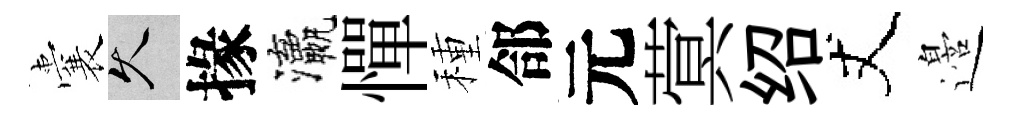
囊久掾瀛憚種郃元蓂绍丈邉